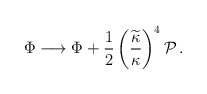
\begin{align*}\Phi\longrightarrow\Phi+{1\over2}\left({\widetilde{\kappa}\over\kappa}\right)^4{\cal P}\,.\end{align*}